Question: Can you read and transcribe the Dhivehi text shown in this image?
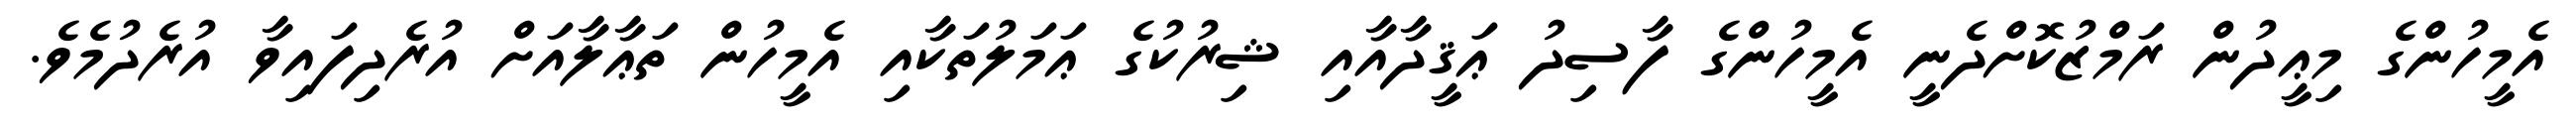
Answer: އެމީހުންގެ މިޢީދުން ރަމްޒުކޮށްދެނީ އެމީހުންގެ ފާސިދު ޢަޤީދާއާއި ޝިރުކުގެ ޢަމަލުތަކާއި އެމީހުން ތަޢާލާއަށް އުރެދިފައިވާ އުރެދުމެވެ.